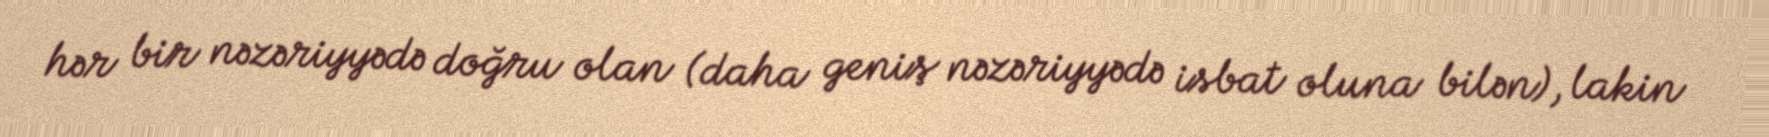
hər bir nəzəriyyədə doğru olan (daha geniş nəzəriyyədə isbat oluna bilən), lakin